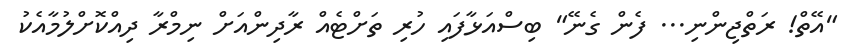
"އޭތް! ރަތްޖިންނި... ފެން ގެނޭ" ބިސްއަޅާފައި ހުރި ތަށްޓެއް ރާދިންއަށް ނިމްރާ ދިއްކޮށްލުމާއެކު